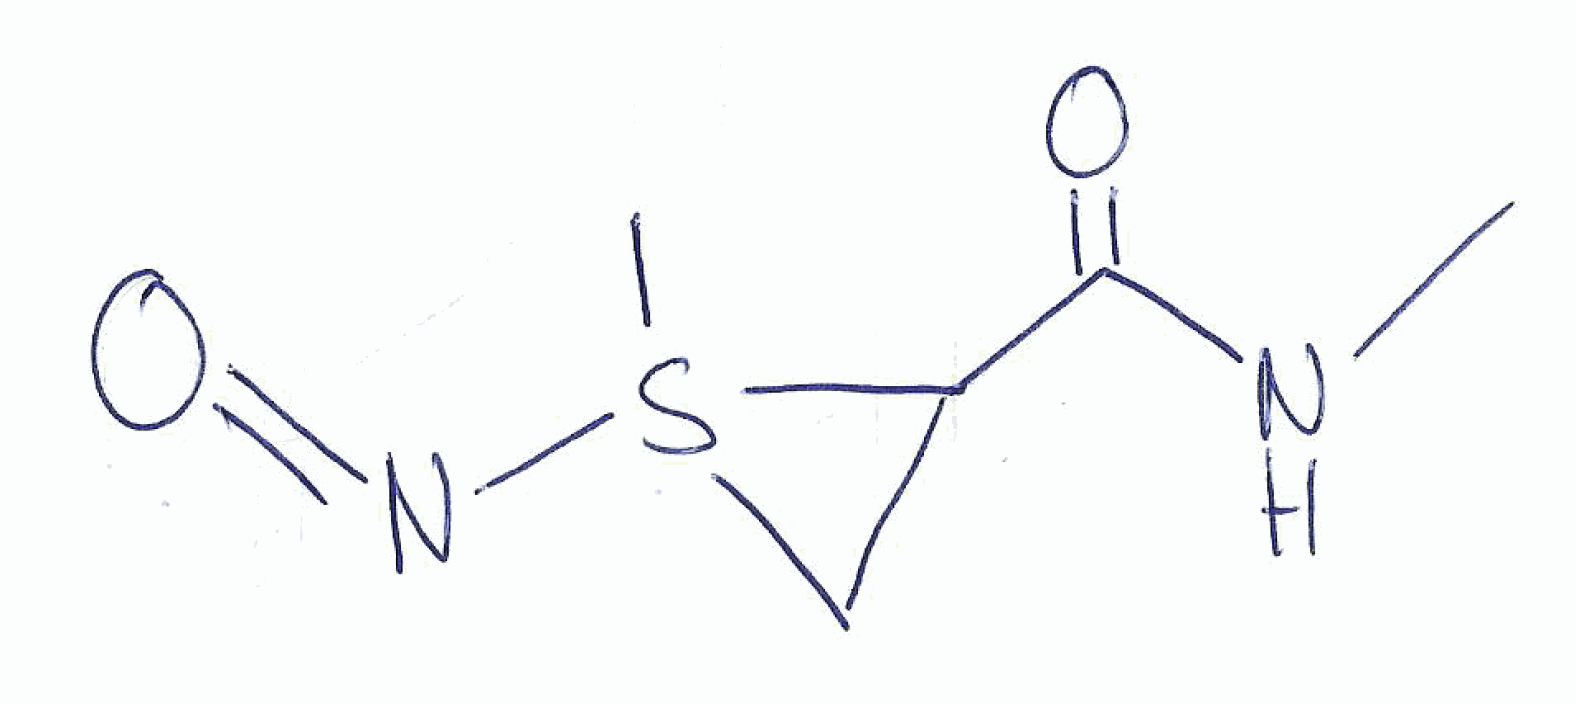
Simplified molecular-input line-entry system (SMILES) notation of the given molecule:
CNC(=O)C1CS1(C)N=O